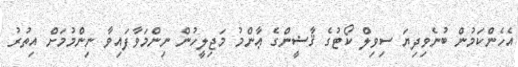
އެހެންކަމުން ބުނެވިދިޔަ ސިވިލް ކޯޓުގެ ޤާޟީންގެ ޢާންމު މަޖިލީހުން ނިންމަވާފައިވާ ނިންމުމަށް އިތުރު